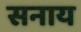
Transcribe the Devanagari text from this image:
सनाय